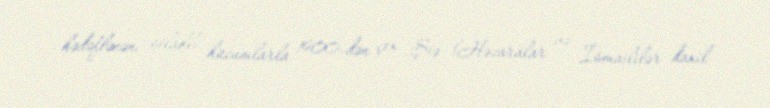
hədəflənən silahlı hücumlarla 1900-dən çox Şiə (Həzaralar və İsmaililər daxil